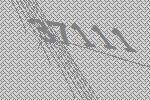
37111